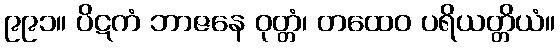
၉၉၁။ ပိဋကံ ဘာဇနေ ဝုတ္တံ၊ တထေဝ ပရိယတ္တိယံ။